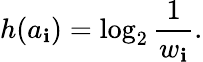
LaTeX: h(a_{\mathbf{i}})=\log_{2}{\frac{{1}}{{w_{\mathbf{i}}}}}.